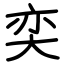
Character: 奕